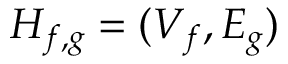
H _ { f , g } = ( V _ { f } , E _ { g } )